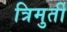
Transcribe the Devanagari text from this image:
त्रिमुर्ती